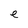
Character: e